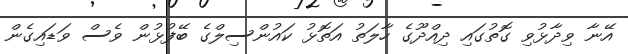
އޭނާ ވިދާޅުވި ގޮތުގައި ދިއްދޫގެ ހާލަތު އަތޮޅު ކައުންސިލްގެ ބޭފުޅުން ވެސް ވަޑައިގެން